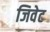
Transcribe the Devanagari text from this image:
जिवेट